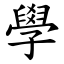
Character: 學